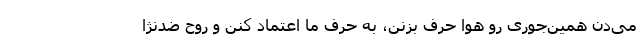
می‌دن همین‌جوری رو هوا حرف بزنن، به حرف ما اعتماد کنن و روح ضدنژا